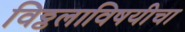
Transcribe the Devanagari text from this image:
विठ्ठलाविषयीचा